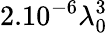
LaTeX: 2.10^{-6}\lambda_{0}^{3}